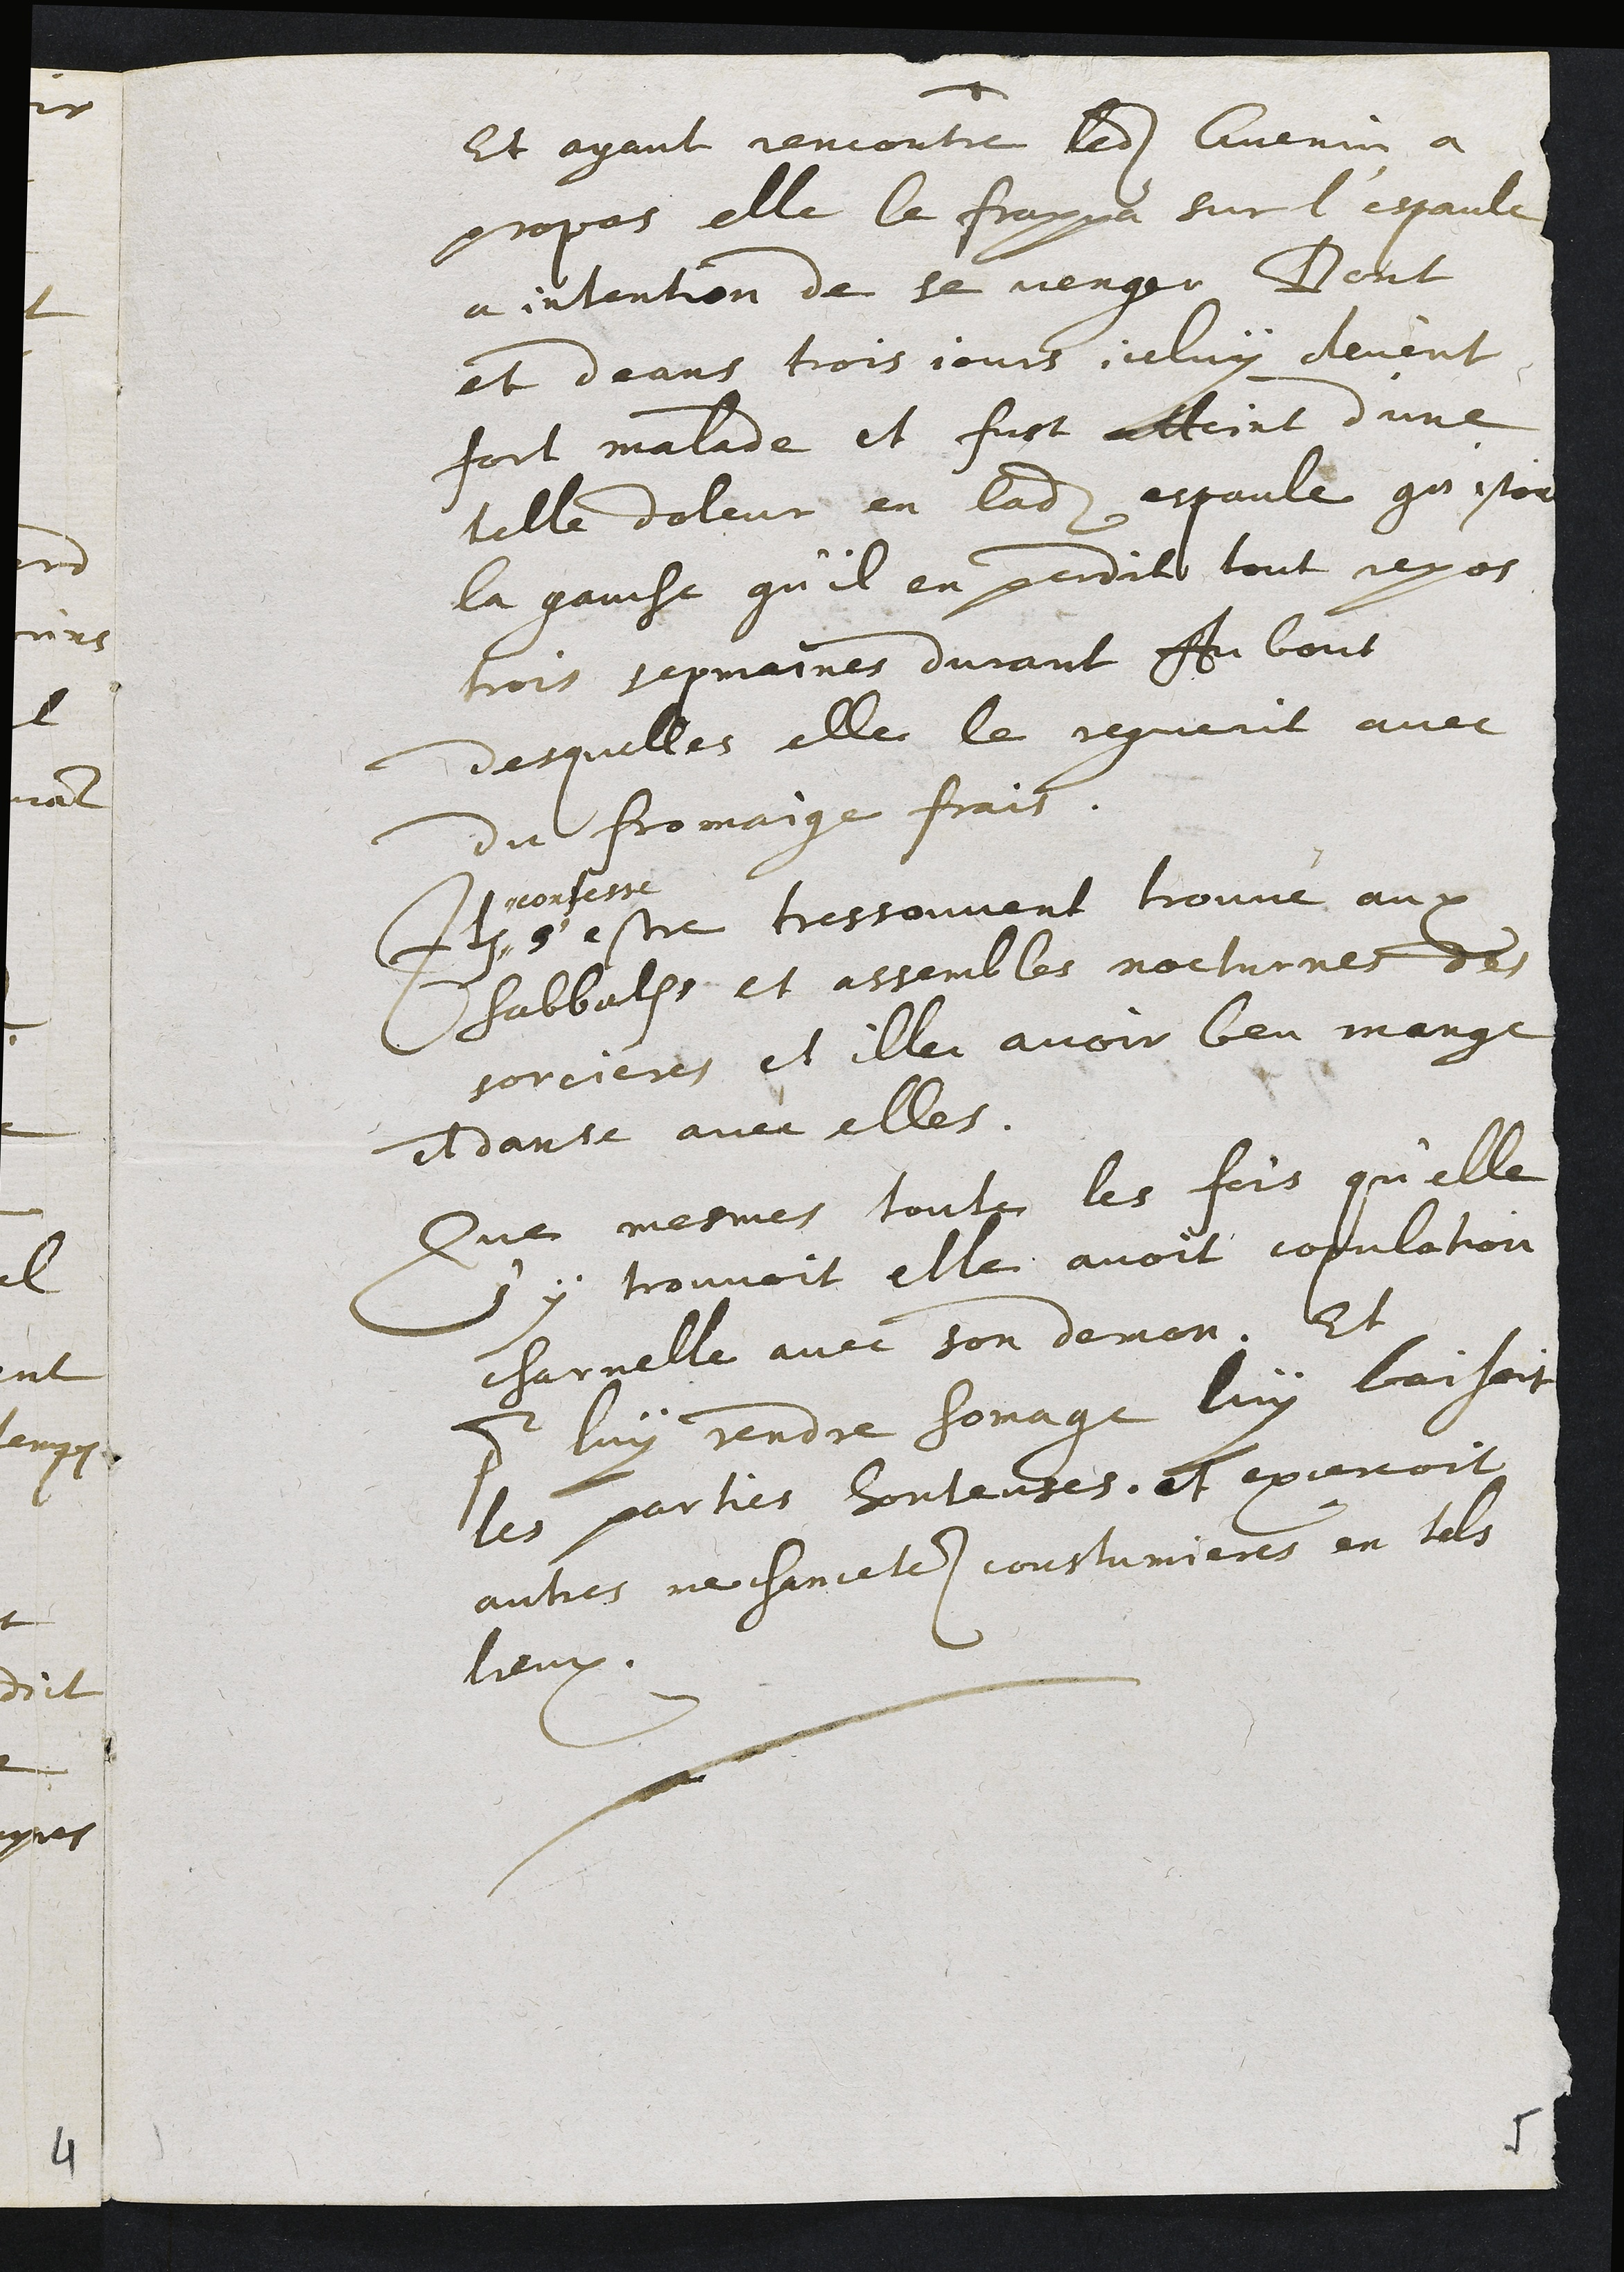
Et ayant rencontré ledit Guenin à
propas elle le frappé sur l’espaulc
a intention de se venger Dent
et deans trois jours celuy devent
fort malade, et fust Atteint d’une
telle doleur en ladite espaule qu’istoit
la gauche qu’il en perdite tout nyos
trois sepmaines durant. About
desquilles elle le reguerit avec
du fromaige frais.
+s
pronsessé
8 estre trestouvent trouvé aux
sabbath, et assenbles nocturnes des
sorcieres, et ille avoir beu mange
et danse avec elles.
Due mesmes toutz les fois qu’elle
) y trouvoit elle avoit copulation
charnelle avec son demon. Et
3 luy rendre sonage luy laisoit
les par lies sontentes. Et exjenoit
autres ne chanceles coustumieres en fals
leux.